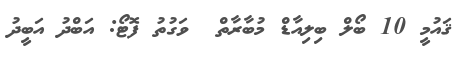
ޤައުމީ 10 ބޯލް ބިލިއާޑް މުބާރާތް  ވަގުތު ފޮޓޯ: އަބްދު އަބީދު